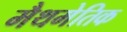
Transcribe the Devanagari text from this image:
मैथमेतिक